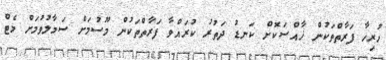
ހުރިހާ ފަރާތްތަކުން ޚާއްސަކޮށް ކަނޑު ދަތުރު ކުރައްވާ ފަރާތްތަކުން މޫސުމަށް ސަމާލުވުމަށް މެޓް